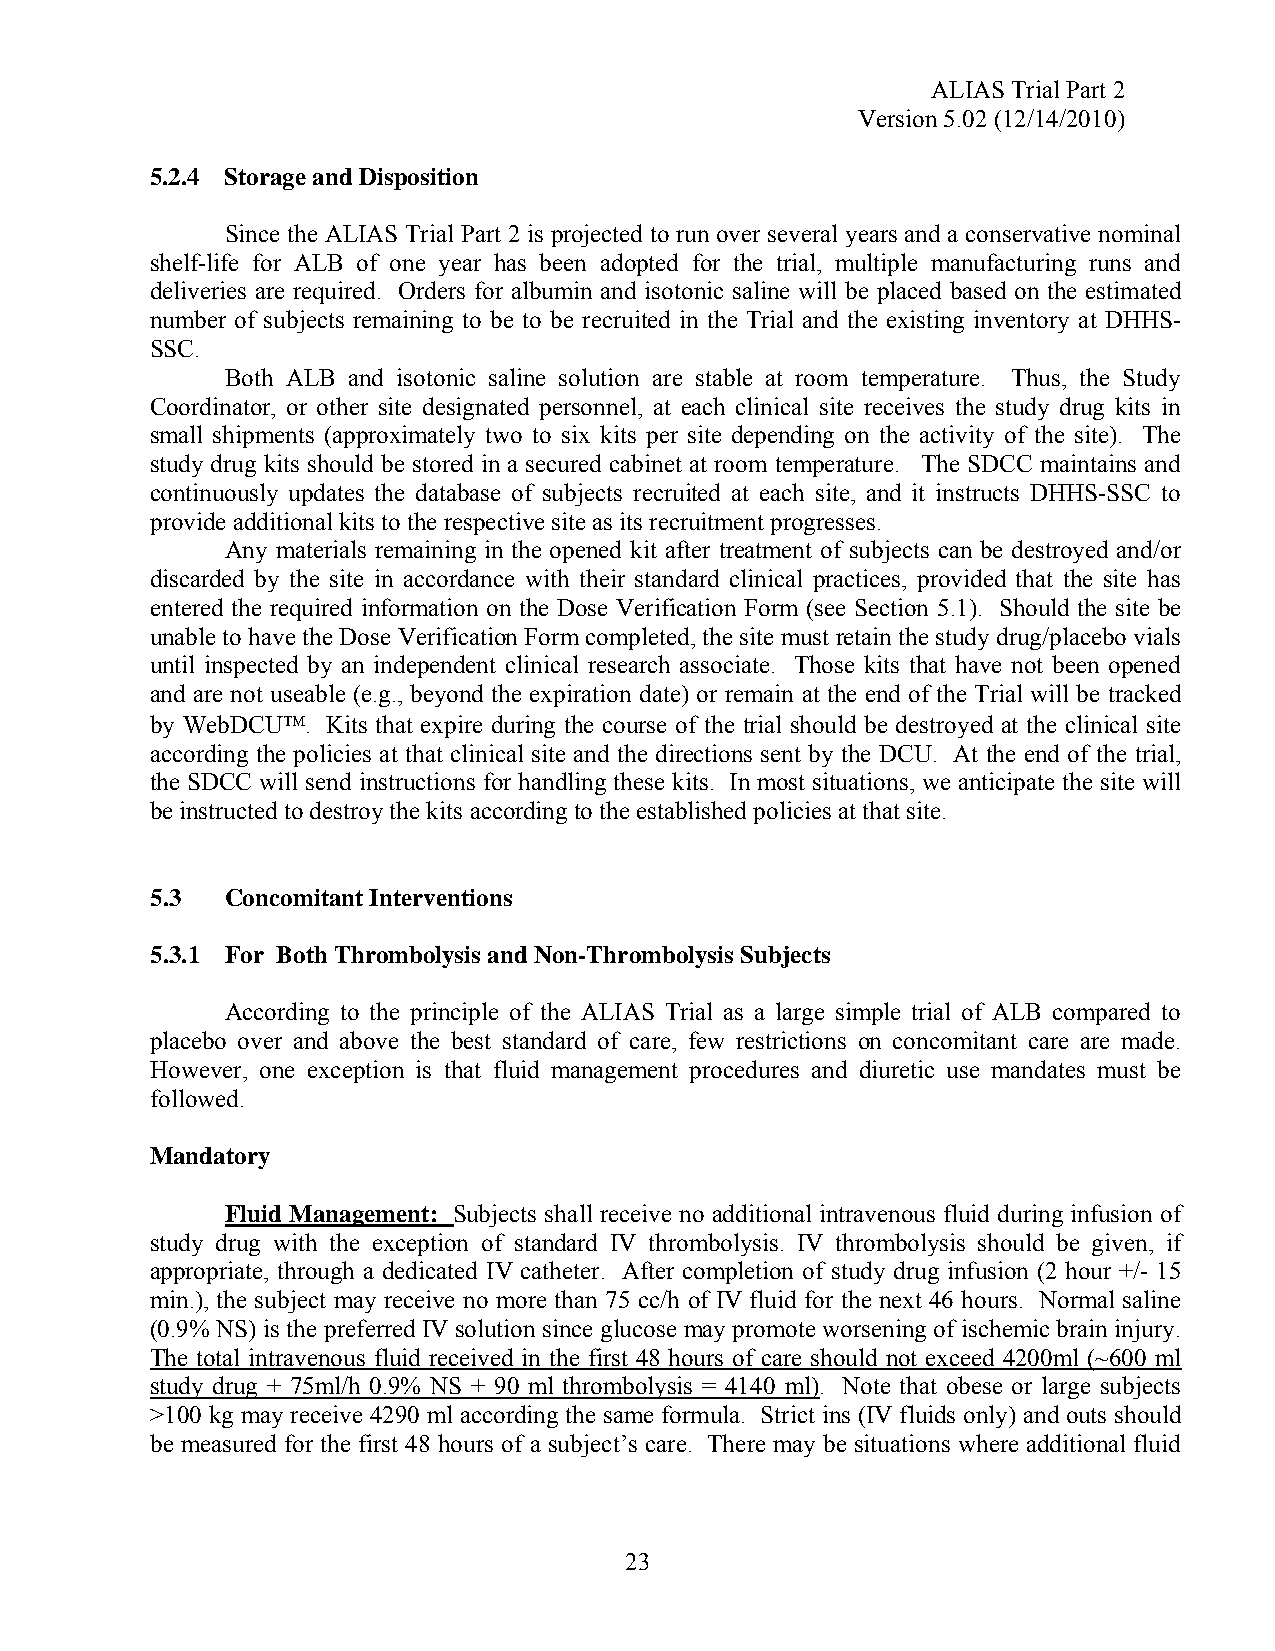
ALIAS Trial Part 2
 Version 5.02 (12/14/2010)
 5.2.4 Storage and Disposition
 Since the ALIAS Trial Part 2 is projected to run over several years and a conservative nominal
 shelf-life for ALB of one year has been adopted for the trial, multiple manufacturing runs and
 deliveries are required. Orders for albumin and isotonic saline will be placed based on the estimated
 number of subjects remaining to be to be recruited in the Trial and the existing inventory at DHHS-
 SSC.
 Both ALB and isotonic saline solution are stable at room temperature. Thus, the Study
 Coordinator, or other site designated personnel, at each clinical site receives the study drug kits in
 small shipments (approximately two to six kits per site depending on the activity of the site). The
 study drug kits should be stored in a secured cabinet at room temperature. The SDCC maintains and
 continuously updates the database of subjects recruited at each site, and it instructs DHHS-SSC to
 provide additional kits to the respective site as its recruitment progresses.
 Any materials remaining in the opened kit after treatment of subjects can be destroyed and/or
 discarded by the site in accordance with their standard clinical practices, provided that the site has
 entered the required information on the Dose Verification Form (see Section 5.1). Should the site be
 unable to have the Dose Verification Form completed, the site must retain the study drug/placebo vials
 until inspected by an independent clinical research associate. Those kits that have not been opened
 and are not useable (e.g., beyond the expiration date) or remain at the end of the Trial will be tracked
 by WebDCU™. Kits that expire during the course of the trial should be destroyed at the clinical site
 according the policies at that clinical site and the directions sent by the DCU. At the end of the trial,
 the SDCC will send instructions for handling these kits. In most situations, we anticipate the site will
 be instructed to destroy the kits according to the established policies at that site.
 5.3  Concomitant Interventions
 5.3.1 For Both Thrombolysis and Non-Thrombolysis Subjects
 According to the principle of the ALIAS Trial as a large simple trial of ALB compared to
 placebo over and above the best standard of care, few restrictions on concomitant care are made.
 However, one exception is that fluid management procedures and diuretic use mandates must be
 followed.
 Mandatory
 Fluid Management: Subjects shall receive no additional intravenous fluid during infusion of
 study drug with the exception of standard IV thrombolysis. IV thrombolysis should be given, if
 appropriate, through a dedicated IV catheter. After completion of study drug infusion (2 hour +/- 15
 min.), the subject may receive no more than 75 cc/h of IV fluid for the next 46 hours. Normal saline
 (0.9% NS) is the preferred IV solution since glucose may promote worsening of ischemic brain injury.
 The total intravenous fluid received in the first 48 hours of care should not exceed 4200ml (~600 ml
 study drug + 75ml/h 0.9% NS + 90 ml thrombolysis = 4140 ml). Note that obese or large subjects
 >100 kg may receive 4290 ml according the same formula. Strict ins (IV fluids only) and outs should
 be measured for the first 48 hours of a subject’s care. There may be situations where additional fluid
 23